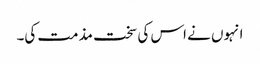
انہوں نے اس کی سخت مذمت کی۔